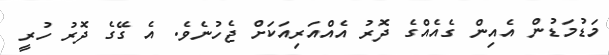
މަޑުމަޑުން އެއިން ގެއެއްގެ ދޮރު އެއްއަރިއަކަށް ޖެހުނެވެ. އެ ގޭގެ ދޮރު ހުރީ